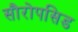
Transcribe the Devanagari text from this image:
सौरोपसिड